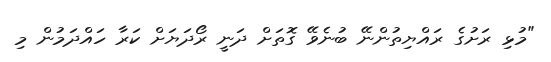
"މުޅި ރަށުގެ ރައްޔިތުންނޭ ބުނެވޭ ގޮތަށް ދަނީ ރޯދަޔަށް ކަރާ ހައްދަމުން މި